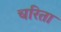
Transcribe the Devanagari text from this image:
चरिता